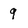
Character: 9